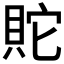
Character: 𰶿